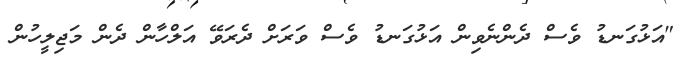
"އަޅުގަނޑު ވެސް ދެންނެވިން އަޅުގަނޑު ވެސް ވަރަށް ދެރަވޭ އަލްހާން ދެން މަޖިލީހުން